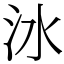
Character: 𣲙